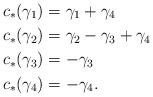
LaTeX: \begin{align*}c_*(\gamma_1) & = \gamma_1+\gamma_4\\c_*(\gamma_2) & = \gamma_2 - \gamma_3 + \gamma_4\\c_*(\gamma_3) & = -\gamma_3\\c_*(\gamma_4) & = -\gamma_4.\end{align*}